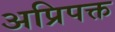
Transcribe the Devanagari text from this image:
अप्रिपक्त